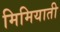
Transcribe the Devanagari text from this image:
मिमियाती